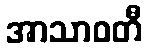
အာသာဝတီ